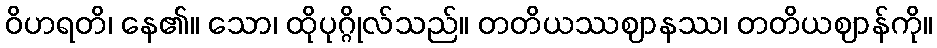
ဝိဟရတိ၊ နေ၏။ သော၊ ထိုပုဂ္ဂိုလ်သည်။ တတိယဿဈာနဿ၊ တတိယဈာန်ကို။